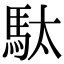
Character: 駄